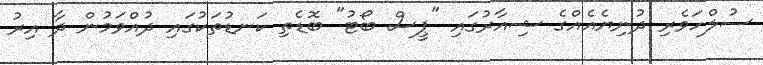
ސުލްހަވެރި ދުނިޔެއެއްގެ ޝިއާރުގައި "ޕީސް ބޯޓު" ބޮޑެތި ކަނޑުތަކުގައި ދުއްވަމުން ދާ އިރު